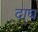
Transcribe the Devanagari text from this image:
दाघ